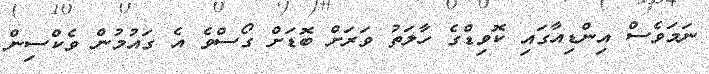
ނަމަވެސް އިންޑިއާގައި ކޮވިޑްގެ ހާލަތު ވަރަށް ބޮޑަށް ގޯސްވެ އެ ގައުމުން ވެކްސިން